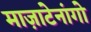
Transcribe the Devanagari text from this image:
माज़ाटेनांगो